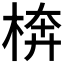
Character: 𱣥